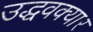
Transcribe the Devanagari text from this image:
उद्धवक्यार